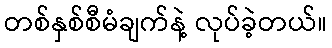
တစ်နှစ်စီမံချက်နဲ့ လုပ်ခဲ့တယ်။